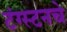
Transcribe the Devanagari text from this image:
टंग्स्टनचे